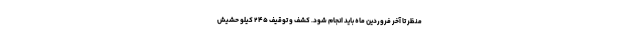
منظر تا آخر فروردین ماه باید انجام شود. کشف و توقیف ۲۴۵ کیلو حشیش